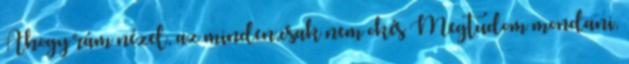
Ahogy rám nézel, az minden,csak nem okés Megtudom mondani,